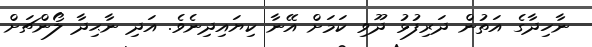
ނާހިދާގެ އަތުން ދަރިފުޅު ދޫވި ކަމަށް އޭނާ ކިޔައިދިނެވެ. އަދި ނާޙިދާ ލޯންޗަށް